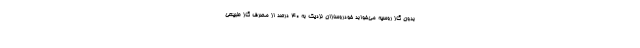
بدون گاز روسیه می‌خوابد خودروسازان نزدیک به ۴۰ درصد از مصرف گاز طبیعی